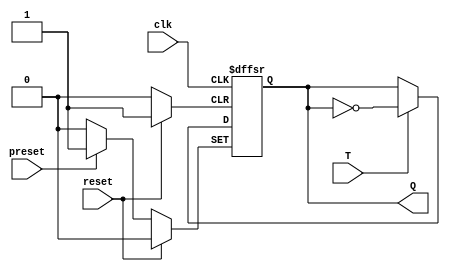
`timescale 1ns / 1ps

module TFF(T,Q,reset,preset,clk);
input T,reset,preset,clk;
output reg Q;

always @ (posedge clk, posedge reset, posedge preset)
begin
    if (reset)
        Q <= 0;
    else if (preset)
        Q <= 1;
    else if (T)
        Q <= ~Q;
    else
        Q <= Q;
    end
endmodule